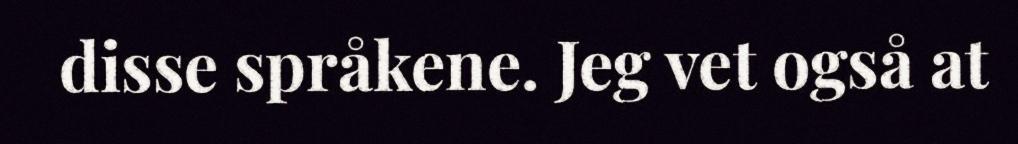
disse språkene. Jeg vet også at